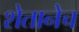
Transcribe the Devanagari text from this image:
शेतानेच